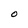
Character: O